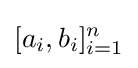
[a_{i},b_{i}]_{i=1}^{n}